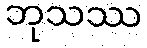
ဘုသဿ